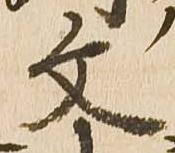
文